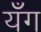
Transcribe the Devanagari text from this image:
यँग